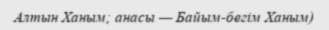
Алтын Ханым; анасы — Байым-бегім Ханым)